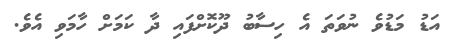
އަޑު މަޑުވެ ނުވަތަ އެ ހިސާބު ދޫކޮށްފައި ދާ ކަމަށް ހާމަވި އެވެ.